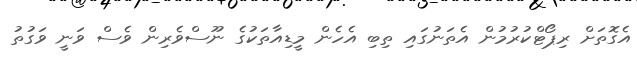
އެގޮތަށް ރިޕޯޓްކުރުމުން އެތަނުގައި ތިބި އެހެން މީޑިއާތަކުގެ ނޫސްވެރިން ވެސް ވަނީ ވަގުތު